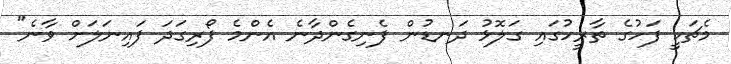
މެޗަކީ ފަހުގެ ތާރީހުގައި ގަލޮޅު ދަނޑުން ފެނިގެންދާނެ އެންމެ ފޯރިގަދަ ފައިނަލަށް ވާނެ"